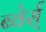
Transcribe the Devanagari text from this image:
ब्वेर्स्